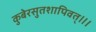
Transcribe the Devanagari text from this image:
कुबेरसुतशापिवत्‌॥।